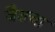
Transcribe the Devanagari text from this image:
जैशचा